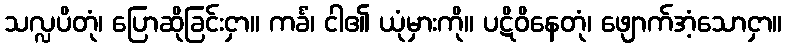
သလ္လပိတုံ၊ ပြောဆိုခြင်းငှာ။ ကင်္ခံ၊ ငါ၏ ယုံမှားကို။ ပဋိဝိနေတုံ၊ ဖျောက်အံ့သောငှာ။